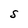
Character: S